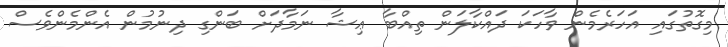
މިގޮތުގައި އަހަރެމެން ވާހަކަ ދައްކާލަން ތިއްބާ ޢިޝާ ނަމާދަށް ބަންގި ދިނުމުން އެންމެންވެސް